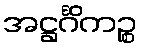
အဋ္ဌင်္ဂိကဉ္စ